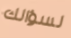
لسؤالك